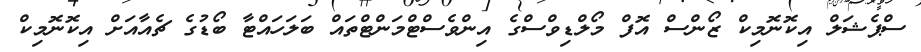
ސްޕެޝަލް އިކޮނޮމިކް ޒޯންސް އޮފް މޯލްޑިވްސްގެ އިންވެސްޓްމަންޓްތައް ބަލަހައްޓާ ބޯޑުގެ ޗެއާއަށް އިކޮނޮމިކް